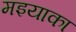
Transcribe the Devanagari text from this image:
मइयाका